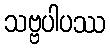
သဗ္ဗပါပဿ